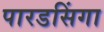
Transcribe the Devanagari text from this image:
पारडसिंगा